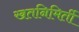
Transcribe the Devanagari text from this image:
खतनिमिर्ती